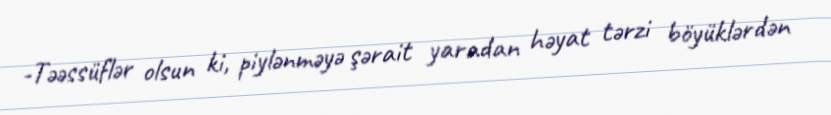
-Təəssüflər olsun ki, piylənməyə şərait yaradan həyat tərzi böyüklərdən